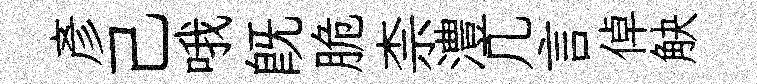
彥己哦旣脆柰澧几言倬觖